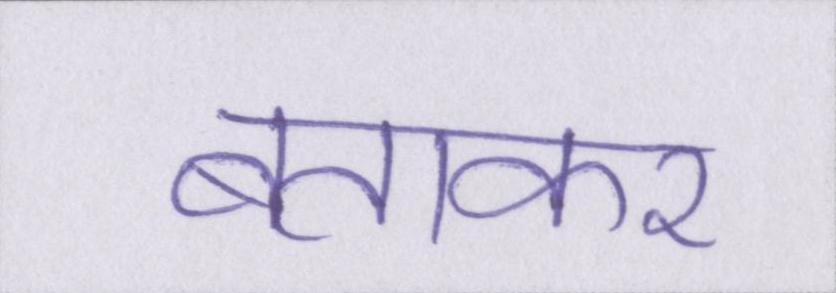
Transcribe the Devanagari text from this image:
बताकर